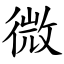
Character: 微